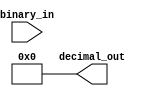
module DecimalDecoder (
    input [3:0] binary_in,
    output [9:0] decimal_out
);

assign decimal_out = 10'b0;

always @(*) begin
    case (binary_in)
        4'b0000: decimal_out = 10'b0000000001; // 0
        4'b0001: decimal_out = 10'b0000000010; // 1
        4'b0010: decimal_out = 10'b0000000100; // 2
        4'b0011: decimal_out = 10'b0000001000; // 3
        4'b0100: decimal_out = 10'b0000010000; // 4
        4'b0101: decimal_out = 10'b0000100000; // 5
        4'b0110: decimal_out = 10'b0001000000; // 6
        4'b0111: decimal_out = 10'b0010000000; // 7
        4'b1000: decimal_out = 10'b0100000000; // 8
        4'b1001: decimal_out = 10'b1000000000; // 9
        default: decimal_out = 10'b0; // invalid input
    endcase
end

endmodule